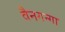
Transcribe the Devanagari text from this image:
वैनगन्गा